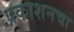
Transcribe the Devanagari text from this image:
प्रकाशनचा